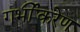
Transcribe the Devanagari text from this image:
गर्भीकरेण